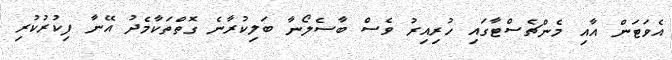
އެވަޓަން އާއި މެންޗެސްޓާގައި ހުރިއިރު ވެސް ބާސެލޯނާ ބަލިކުރާނެ ގޮތްތަކާމެދު އޭނާ ފިކުރުކުރި